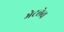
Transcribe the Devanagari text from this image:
भेटलेच